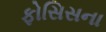
ફોસિસના